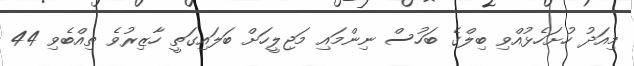
މިއަދު ހުށަހެޅުއްވި ބިލްގެ ބަހުސް ނިންމައި މަޖިލީހަށް ބަލައިގަތީ ހާޒިރުވެ ތިއްބެވި 44